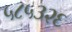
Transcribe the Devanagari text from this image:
५८५३२६